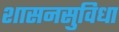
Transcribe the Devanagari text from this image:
शासनसुविधा